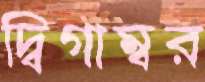
দ্বিগাম্বর